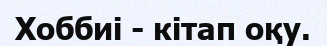
Хоббиі - кітап оқу.